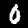
Digit: 0